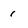
Character: 1